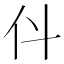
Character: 𠆱